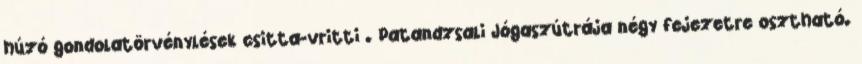
húzó gondolatörvénylések csitta-vritti . Patandzsali Jógaszútrája négy fejezetre osztható.